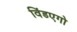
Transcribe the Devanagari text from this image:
विंडएगो